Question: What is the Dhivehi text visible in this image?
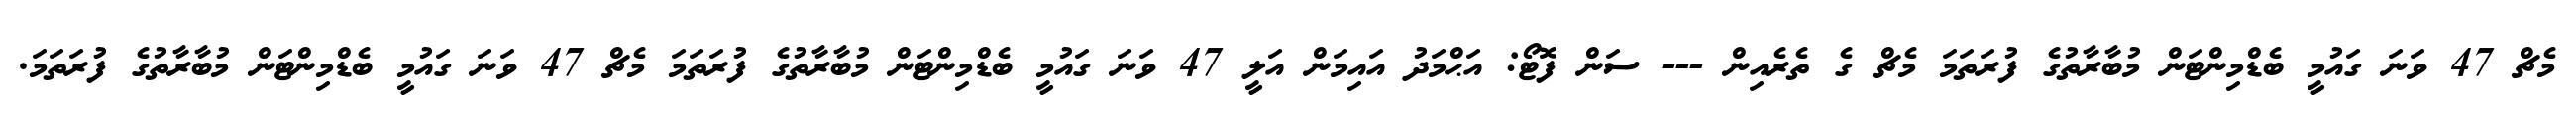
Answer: މެޗް 47 ވަނަ ގައުމީ ބެޑްމިންޓަން މުބާރާތުގެ ފުރަތަމަ މެޗް ގެ ތެރެއިން --- ސަން ފޮޓޯ: އަޙްމަދު އައިމަން އަލީ 47 ވަނަ ގައުމީ ބެޑްމިންޓަން މުބާރާތުގެ ފުރަތަމަ މެޗް 47 ވަނަ ގައުމީ ބެޑްމިންޓަން މުބާރާތުގެ ފުރަތަމަ.